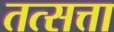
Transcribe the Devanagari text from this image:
तत्सत्ता